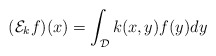
\begin{align*} (\mathcal{E}_kf)(x) = \int_{\mathcal{D}}k(x,y)f(y)dy \end{align*}